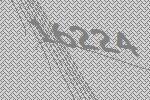
16224